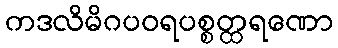
ကဒလိမိဂပဝရပစ္စတ္ထရဏော